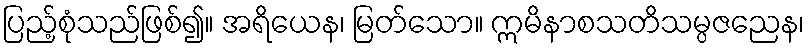
ပြည့်စုံသည်ဖြစ်၍။ အရိယေန၊ မြတ်သော။ ဣမိနာစသတိသမ္ပဇညေန၊